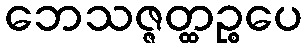
ဘေသဇ္ဇတ္ထဉ္စပေ